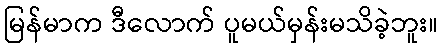
မြန်မာက ဒီလောက် ပူမယ်မှန်းမသိခဲ့ဘူး။